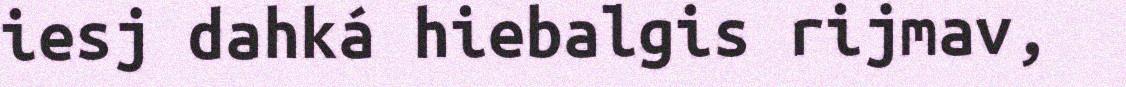
iesj dahká hiebalgis rijmav,